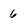
Character: 6